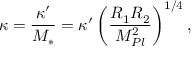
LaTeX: \kappa = \frac { \kappa ^ { \prime } } { M _ { * } } = \kappa ^ { \prime } \left( { \frac { R _ { 1 } R _ { 2 } } { M _ { P l } ^ { 2 } } } \right) ^ { 1 / 4 } ,